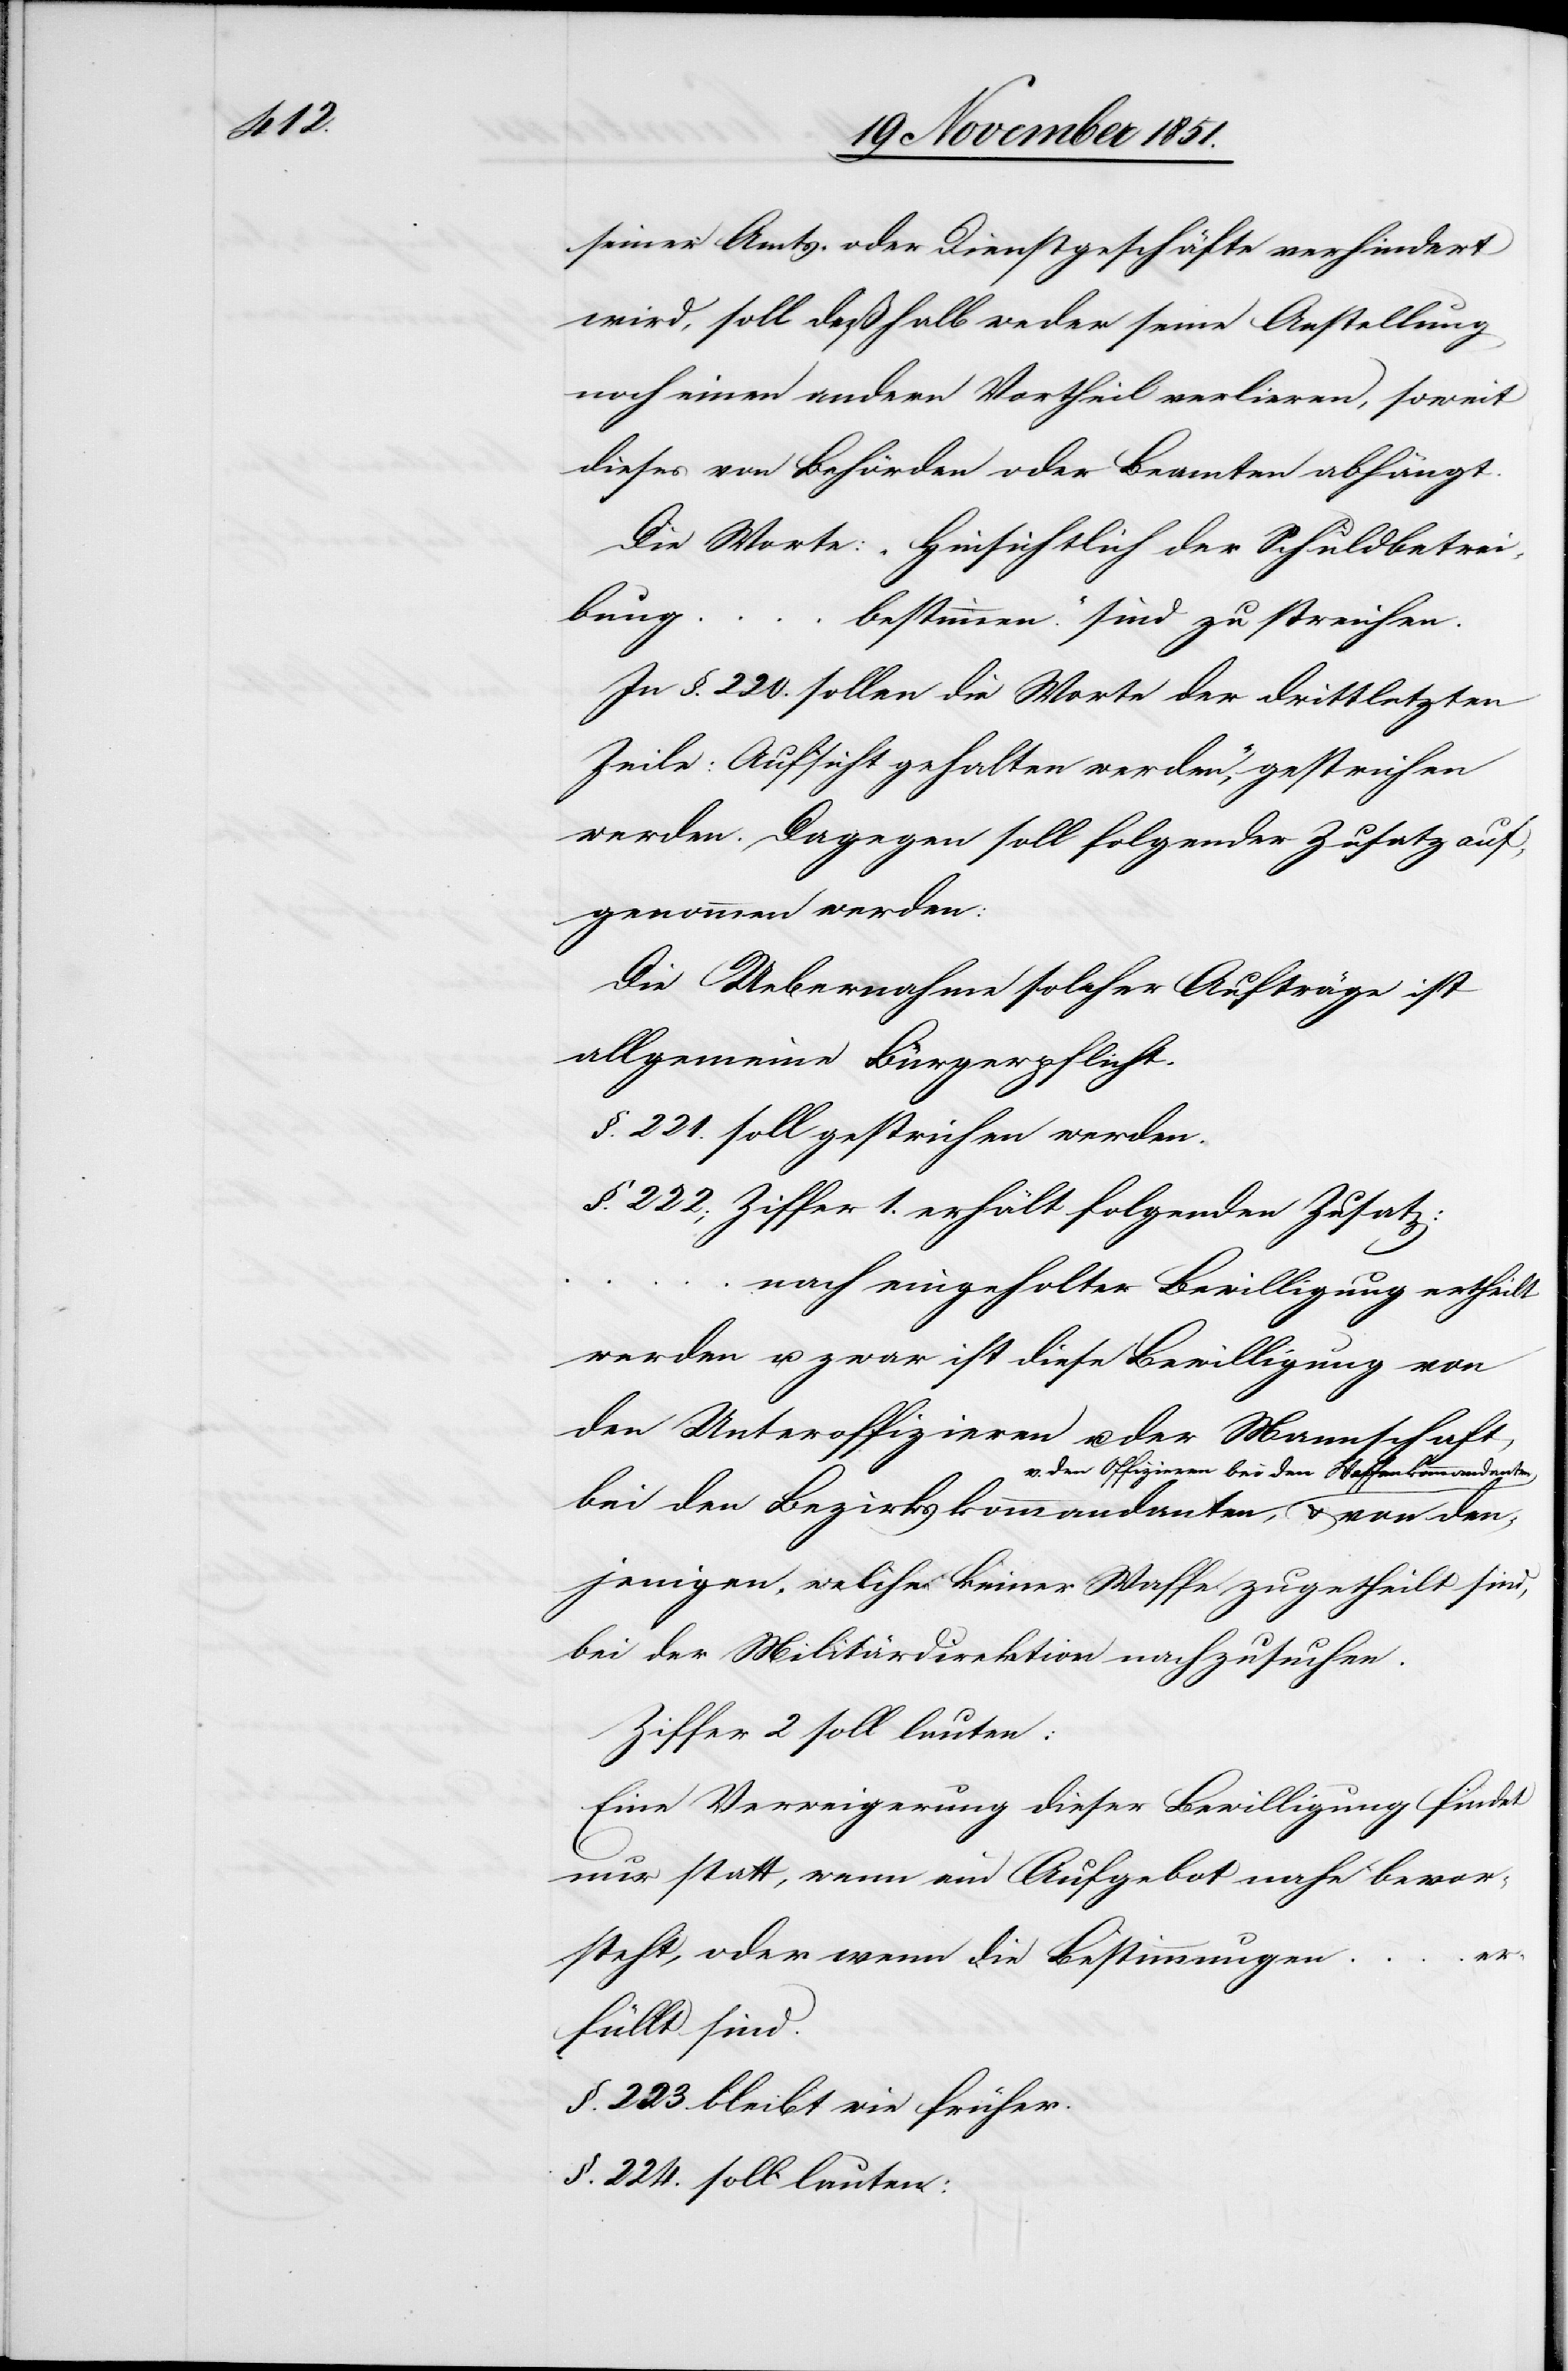
seiner Amts- oder Dienstgeschäfte verhindert
wird, soll deßhalb weder seine Anstellung
noch einen andern Vortheil verlieren, soweit
dieses von Behörden oder Beamten abhängt.
Die Worte: „Hinsichtlich der Schuldbetrei¬
den¬
bestimmen.“ sind zu streichen.
In §. 220. sollen die Worte der drittletzten
Zeile: [„]Aufsicht gehalten werden“, gestrichen
werden. Dagegen soll folgender Zusatz auf¬
genommen werden:
Die Uebernahme solcher Aufträge ist
allgemeine Bürgerpflicht.
§. 221. soll gestrichen werden.
§. 222; Ziffer 1. erhält folgenden Zusatz:
nach eingeholter Bewilligung ertheilt
werden u. zwar ist diese Bewilligung von
den Unteroffizieren u. der Mannschaft,
n Offizieren bei den Waffenkommandanten
bei den Bezirkskommandanten, v. de¬
jenigen, welche keiner Waffe zugetheilt sind,
bei der Militärdirektion nachzusuchen.
Ziffer 2 soll lauten:
Eine Verweigerung dieser Bewilligung findet
nur statt, wenn ein Aufgebot nahe bevor¬
steht, oder wenn die Bestimmungen
erfüllt sind.
§. 223. bleibt wie früher.
§. 224. soll lauten: